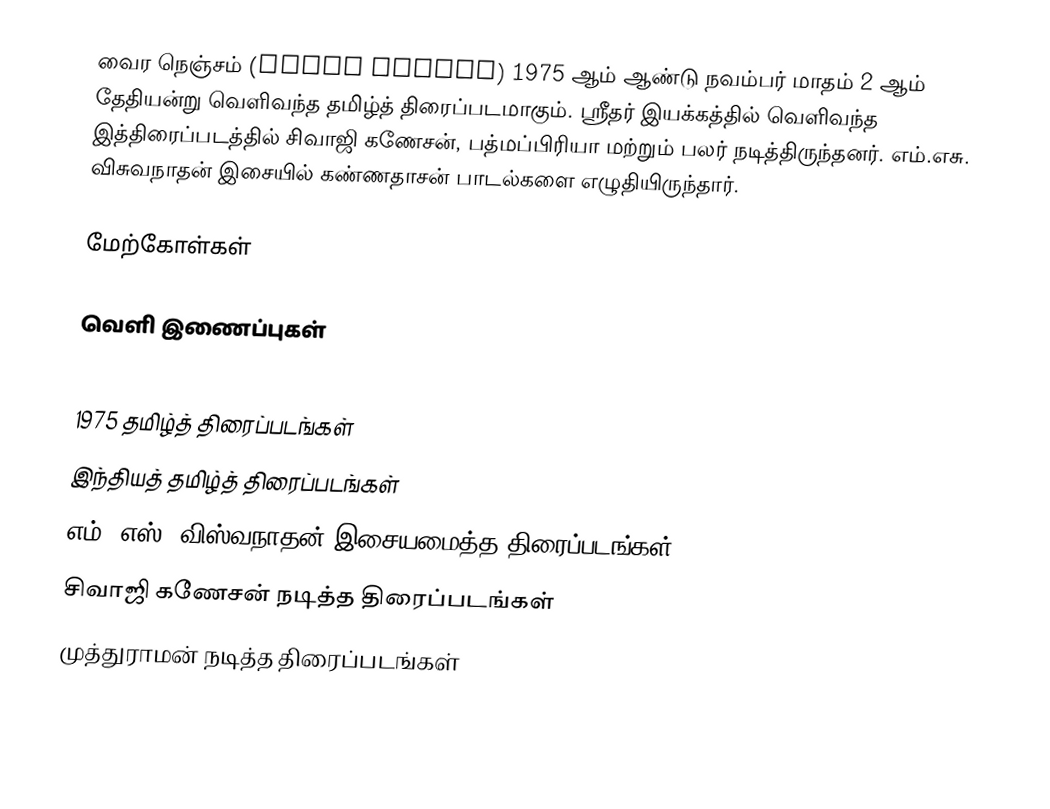
வைர நெஞ்சம் (Vaira Nenjam) 1975 ஆம் ஆண்டு நவம்பர் மாதம் 2 ஆம் தேதியன்று வெளிவந்த தமிழ்த் திரைப்படமாகும்.  ஸ்ரீதர் இயக்கத்தில் வெளிவந்த இத்திரைப்படத்தில் சிவாஜி கணேசன், பத்மப்பிரியா மற்றும் பலர் நடித்திருந்தனர். எம்.எசு. விசுவநாதன் இசையில் கண்ணதாசன் பாடல்களை எழுதியிருந்தார்.

மேற்கோள்கள்

வெளி இணைப்புகள்

1975 தமிழ்த் திரைப்படங்கள்
இந்தியத் தமிழ்த் திரைப்படங்கள்
எம். எஸ். விஸ்வநாதன் இசையமைத்த திரைப்படங்கள்
சிவாஜி கணேசன் நடித்த திரைப்படங்கள்
முத்துராமன் நடித்த திரைப்படங்கள்